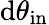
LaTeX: \mathrm{d}\theta_{\mathrm{{in}}}